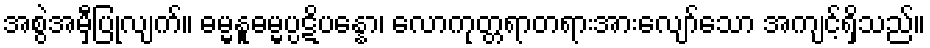
အစွဲအမှီပြုလျက်။ ဓမ္မနူဓမ္မပ္ပဋိပန္နော၊ လောကုတ္တရာတရားအားလျော်သော အကျင့်ရှိသည်။